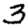
Digit: 3